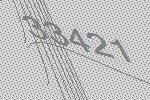
33421